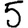
Digit: 5